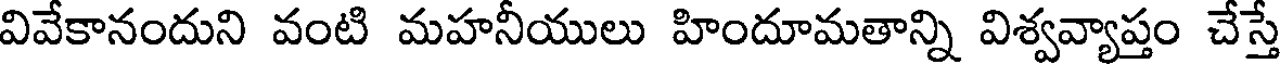
వివేకానందుని వంటి మహనీయులు హిందూమతాన్ని విశ్వవ్యాప్తం చేస్తే